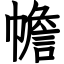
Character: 幨